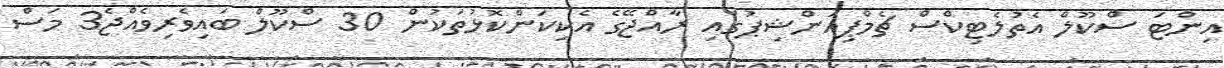
އިންޓަ ސްކޫލް އެތުލެޓިކްސް ޗެމްޕިއަންޝިޕުގައި ރާއްޖޭގެ އެކިކަންކޮޅުތަކުން 30 ސްކޫލް ބައިވެރިވެއްޖެ3 މަސް